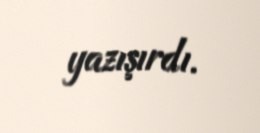
yazışırdı.